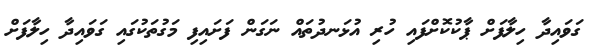
ގަވައިދާ ހިލާފަށް ޕާކުކޮށްފައި ހުރި އުޅަނދުތައް ނަގަން ފަށައިފި މަގުތަކުގައި ގަވައިދާ ހިލާފަށް